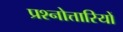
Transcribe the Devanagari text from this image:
प्रश्नोत्तारियों